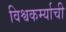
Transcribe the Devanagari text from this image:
विश्वकर्म्याची